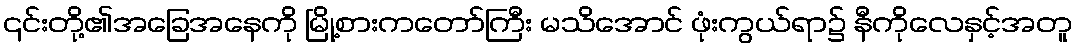
၎င်းတို့၏အခြေအနေကို မြို့စားကတော်ကြီး မသိအောင် ဖုံးကွယ်ရာ၌ နီကိုလေနှင့်အတူ